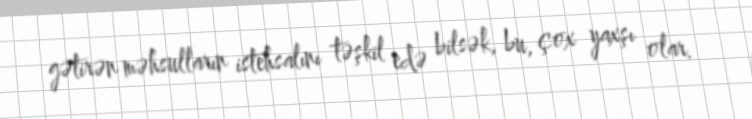
gətirən məhsulların istehsalını təşkil edə bilsək, bu, çox yaxşı olar.